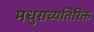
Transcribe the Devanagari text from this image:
मधुराव्यतिरिक्त